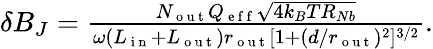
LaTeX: \begin{array}{r}{\delta B_{J}=\frac{N_{\mathrm{~o~u~t~}}Q_{\mathrm{~e~f~f~}}\sqrt{4k_{B}TR_{Nb}}}{\omega(L_{\mathrm{~i~n~}}+L_{\mathrm{~o~u~t~}})r_{\mathrm{~o~u~t~}}[1+(d/r_{\mathrm{~o~u~t~}})^{2}]^{3/2}}.}\end{array}